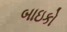
બાઇકો